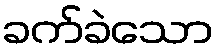
ခက်ခဲသော